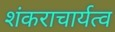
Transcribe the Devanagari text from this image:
शंकराचार्यत्व